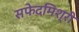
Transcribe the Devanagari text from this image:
सफेदमिश्री